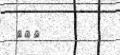
١٠٠